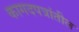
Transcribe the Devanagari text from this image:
कागदपत्रांतील